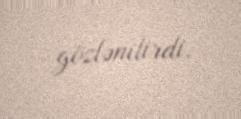
gözlənilirdi.